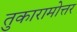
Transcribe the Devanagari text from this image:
तुकारामोत्तर